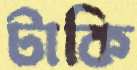
টাকি